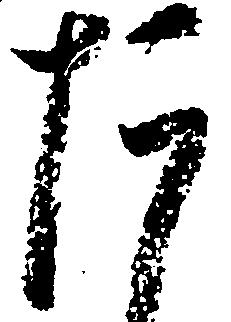
た